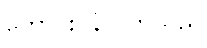
တောင်းပန်လိုက်သည်